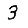
Digit: 3